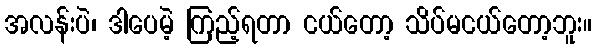
အလန်းပဲ၊ ဒါပေမဲ့ ကြည့်ရတာ ငယ်တော့ သိပ်မငယ်တော့ဘူး။